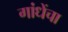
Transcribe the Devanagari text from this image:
गांधेंचा